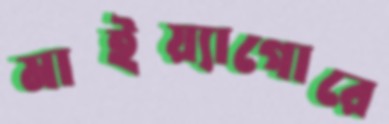
মাইয়্যাগোরে